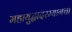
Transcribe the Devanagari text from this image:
महायुद्धादरम्यानचा